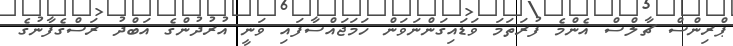
ޕްރިންސް ޗާލްސް އެންމެ ފުރަތަމަ ވަޑައިގަންނަވަން ހަމަޖައްސާފައި ވަނީ އުރުދުންގެ އަބްދު ރަސްގެފާނުގެ